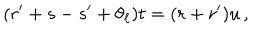
( r ^ { \prime } + s - s ^ { \prime } + \theta _ { \ell } ) t = ( r + r ^ { \prime } ) u \, ,